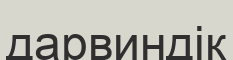
дарвиндік